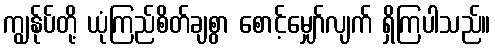
ကျွန်ုပ်တို့ ယုံကြည်စိတ်ချစွာ စောင့်မျှော်လျက် ရှိကြပါသည်။